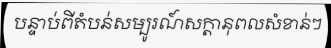
បន្ទាប់ពីតំបន់សម្បូរណ៍សក្តានុពលសំខាន់ៗ